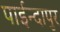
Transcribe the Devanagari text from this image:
पाईन्दापुर